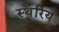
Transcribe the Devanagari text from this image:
स्थरिय